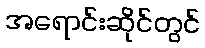
အရောင်းဆိုင်တွင်